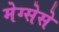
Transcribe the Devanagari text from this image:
मेग्सेसे